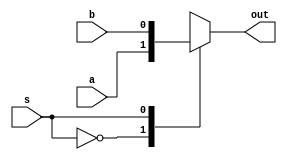
/*
   This file was generated automatically by Alchitry Labs version 1.2.7.
   Do not edit this file directly. Instead edit the original Lucid source.
   This is a temporary file and any changes made to it will be destroyed.
*/

module mux_2_5 (
    input s,
    input a,
    input b,
    output reg out
  );
  
  
  
  always @* begin
    
    case (s)
      1'h0: begin
        out = a;
      end
      1'h1: begin
        out = b;
      end
      default: begin
        out = a;
      end
    endcase
  end
endmodule